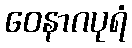
ဝေနာဂပုရံ